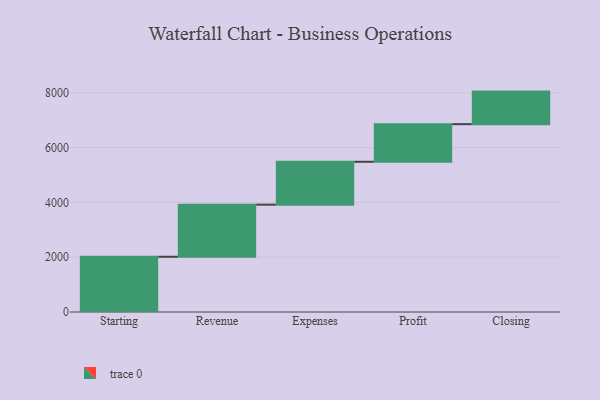
{"axis": {"x": "Step", "y": "Value"}, "legend": [""], "data": [{"x": "Starting", "y": 2016.0, "type": ""}, {"x": "Revenue", "y": 1901.0, "type": ""}, {"x": "Expenses", "y": 1565.0, "type": ""}, {"x": "Profit", "y": 1373.0, "type": ""}, {"x": "Closing", "y": 1188.0, "type": ""}]}